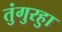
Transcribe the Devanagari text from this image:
तुंगुरहुा